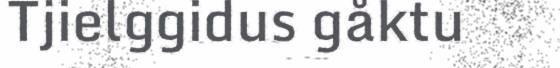
Tjielggidus gåktu